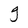
Character: g